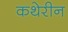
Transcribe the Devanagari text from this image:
कथेरीन